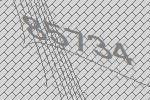
85734